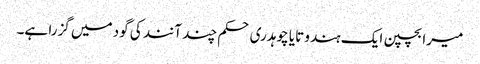
میرا بچپن ایک ہندو تایا چوہدری حکم چند آنند کی گود میں گزرا ہے۔